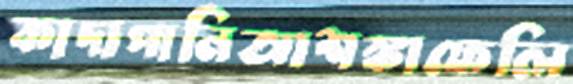
কাদাপানিআশঙ্কাফেলি